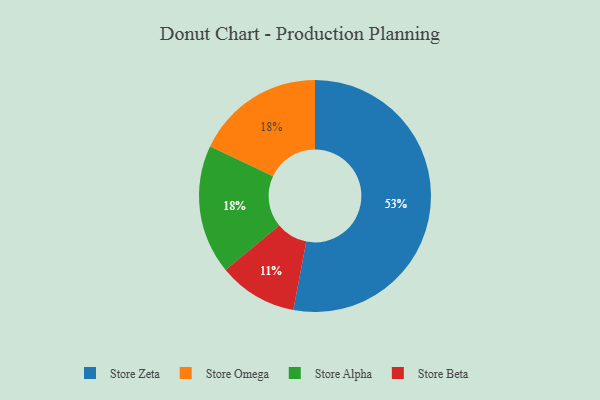
{"axis": {"x": "Category", "y": "Percentage"}, "legend": ["Store Alpha", "Store Beta", "Store Omega", "Store Zeta"], "data": [{"x": "Store Beta", "y": 11, "type": "Store Beta"}, {"x": "Store Zeta", "y": 53, "type": "Store Zeta"}, {"x": "Store Omega", "y": 18, "type": "Store Omega"}, {"x": "Store Alpha", "y": 18, "type": "Store Alpha"}]}